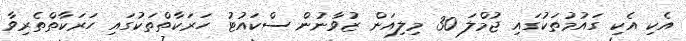
އެކި އެކި ގައުމުތަކުގައި ޖުމްލަ 30 މިލިއަން ޒުވާނުން ސްކައުޓު ހަރަކާތްތަކުގައި ހަރަކާތްތެރިވާ